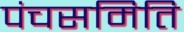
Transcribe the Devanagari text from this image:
पंचसमिति